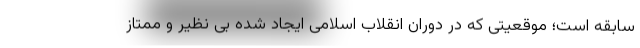
سابقه است؛ موقعیتی که در دوران انقلاب اسلامی ایجاد شده بی نظیر و ممتاز